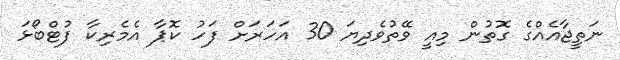
ނަތީޖާއެއްގެ ގޮތުން މިއީ ވޭތުވެދިޔަ 30 އަހަރަށް ފަހު ކޮޕާ އެމެރިކާ ފުޓްބޯޅަ